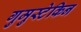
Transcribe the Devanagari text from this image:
गुमुस्टेकिन